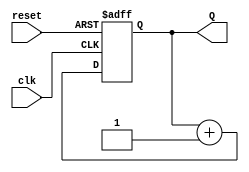
`timescale 1ns / 1ps
//////////////////////////////////////////////////////////////////////////////////
// Company: 
// 
// Design Name: 
// Module Name: coun
// Project Name: 
// Target Devices: 
// Tool Versions: 
// Description: 
// 
// Dependencies: 
// 
// Revision:
// Revision 0.01 - File Created
// Additional Comments:
// 
//////////////////////////////////////////////////////////////////////////////////


module counter(
    input clk,
    input reset,
    output reg[7:0] Q
    );
    
    always@(posedge clk , negedge reset )
    begin
        if(!reset)
        Q <= 'b0;
        else
        Q <= Q + 1;     
    end
    
    
    
endmodule